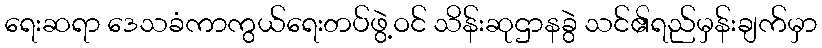
ရေးဆရာ ဒေသခံကာကွယ်ရေးတပ်ဖွဲ့ဝင် သိန်းဆုဌာနခွဲ သင်၏ရည်မှန်းချက်မှာ